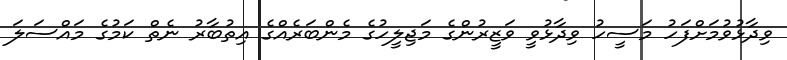
ވިދާޅުވުމަށްފަހު މަސީހު ވިދާޅުވީ ވަޒީރުންގެ މަޖިލީހުގެ މެންބަރެއްގެ އިތުބާރު ނެތް ކަމުގެ މައްސަލަ